Indian journal of veterinary science and animal husbandry - Volume 10,
Year: 1940
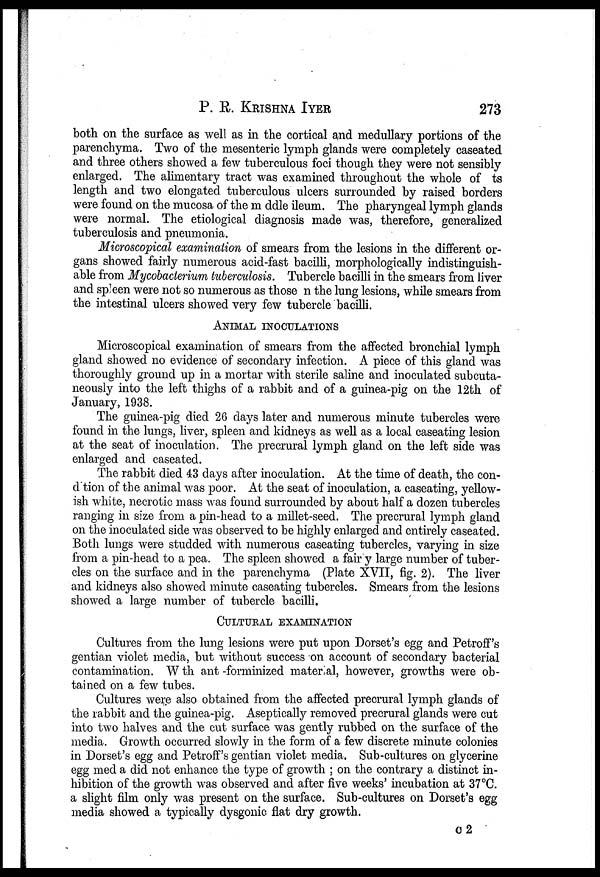
P. R. KRISHNA IYER 273
both on the surface as well as in the cortical and medullary portions of the
parenchyma. Two of the mesenteric lymph glands were completely caseated
and three others showed a few tuberculous foci though they were not sensibly
enlarged. The alimentary tract was examined throughout the whole of ts
length and two elongated tuberculous ulcers surrounded by raised borders
were found on the mucosa of the m ddle ileum. The pharyngeal lymph glands
were normal. The etiological diagnosis made was, therefore, generalized
tuberculosis and pneumonia.
Microscopical examination of smears from the lesions in the different or-
gans showed fairly numerous acid-fast bacilli, morphologically indistinguish-
able from Mycobacterium tuberculosis. Tubercle bacilli in the smears from liver
and spleen were not so numerous as those n the lung lesions, while smears from
the intestinal ulcers showed very few tubercle bacilli.
ANIMAL INOCULATIONS
Microscopical examination of smears from the affected bronchial lymph
gland showed no evidence of secondary infection. A piece of this gland was
thoroughly ground up in a mortar with sterile saline and inoculated subcuta-
neously into the left thighs of a rabbit and of a guinea-pig on the 12th of
January, 1938.
The guinea-pig died 26 days later and numerous minute tubercles were
found in the lungs, liver, spleen and kidneys as well as a local caseating lesion
at the seat of inoculation. The precrural lymph gland on the left side was
enlarged and caseated.
The rabbit died 43 days after inoculation. At the time of death, the con¬
d'tion of the animal was poor. At the seat of inoculation, a caseating, yellow-
ish white, necrotic mass was found surrounded by about half a dozen tubercles
ranging in size from a pin-head to a millet-seed. The precrural lymph gland
on the inoculated side was observed to be highly enlarged and entirely caseated.
Both lungs were studded with numerous caseating tubercles, varying in size
from a pin-head to a pea. The spleen showed a fair y large number of tuber-
cles on the surface and in the parenchyma (Plate XVII, fig. 2). The liver
and kidneys also showed minute caseating tubercles. Smears from the lesions
showed a large number of tubercle bacilli.
CULTURAL EXAMINATION
Cultures from the lung lesions were put upon Dorset's egg and Petroff's
gentian violet media, but without success on account of secondary bacterial
contamination. With ant-forminized material, however, growths were ob-
tained on a few tubes.
Cultures were also obtained from the affected precrural lymph glands of
the rabbit and the guinea-pig. Aseptically removed precrural glands were cut
into two halves and the cut surface was gently rubbed on the surface of the
media. Growth occurred slowly in the form of a few discrete minute colonies
in Dorset's egg and Petroff's gentian violet media. Sub-cultures on glycerine
egg med a did not enhance the type of growth ; on the contrary a distinct in-
hibition of the growth was observed and after five weeks' incubation at 37°C.
a slight film only was present on the surface. Sub-cultures on Dorset's egg
media showed a typically dysgonic flat dry growth.
C 2